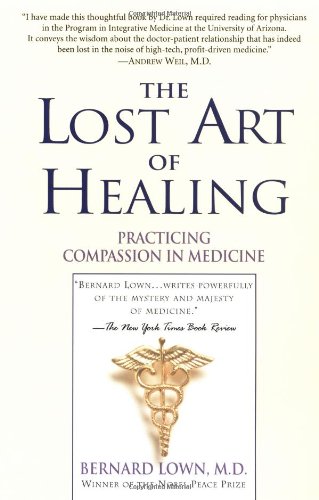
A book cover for The Lost Art of Healing: Practicing Compassion in Medicine; Bernard Lown; Medical Books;